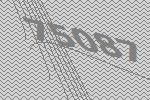
75087